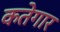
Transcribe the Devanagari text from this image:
कतेगार